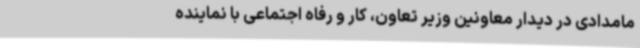
مامدادی در دیدار معاونین وزیر تعاون، کار و رفاه اجتماعی با نماینده